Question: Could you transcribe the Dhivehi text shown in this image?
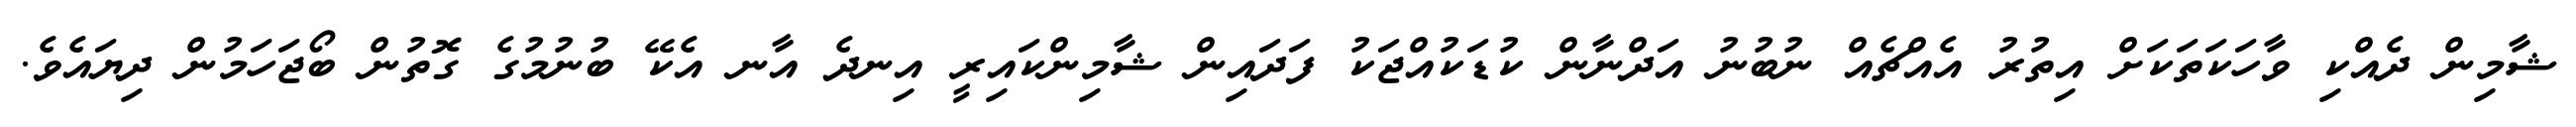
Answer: ޝާމިން ދެއްކި ވާހަކަތަކަށް އިތުރު އެއްޗެއް ނުބުނު އަދްނާން ކުޑަކުއްޖަކު ފަދައިން ޝާމިންކައިރީ އިނދެ އާނ އެކޭ ބުނުމުގެ ގޮތުން ބޯޖަހަމުން ދިޔައެވެ.